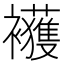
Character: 𲁇